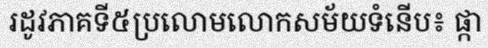
រដូវភាគទី៥ប្រលោមលោកសម័យទំនើប៖ ផ្កា